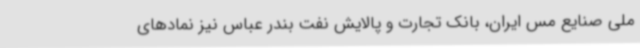
ملی صنایع مس ایران، بانک تجارت و پالایش نفت بندر عباس نیز نمادهای